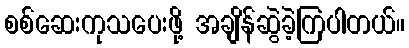
စစ်ဆေးကုသပေးဖို့ အချိန်ဆွဲခဲ့ကြပါတယ်။